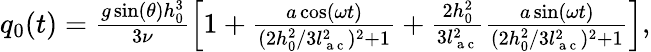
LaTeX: \begin{array}{r}{q_{0}(t)=\frac{g\sin(\theta)h_{0}^{3}}{3\nu}\left[1+\frac{a\cos(\omega t)}{(2h_{0}^{2}/3l_{\mathrm{~a~c~}}^{2})^{2}+1}+\frac{2h_{0}^{2}}{3l_{\mathrm{~a~c~}}^{2}}\frac{a\sin(\omega t)}{(2h_{0}^{2}/3l_{\mathrm{~a~c~}}^{2})^{2}+1}\right],}\end{array}